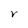
Character: V